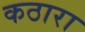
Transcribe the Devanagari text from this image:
कठारा